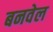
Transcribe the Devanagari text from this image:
बनवेल